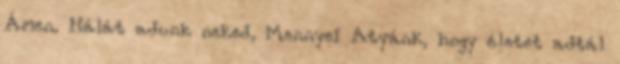
Ámen. Hálát adunk neked, Mennyei Atyánk, hogy életet adtál